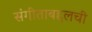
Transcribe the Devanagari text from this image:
संगीताबद्दलची